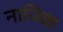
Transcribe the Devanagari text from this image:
नाजिक